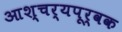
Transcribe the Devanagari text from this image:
आश्चर्यपूर्वक